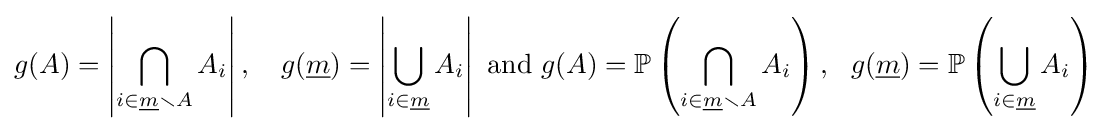
g(A)=\left|\bigcap _{i\in {\underline {m}}\smallsetminus A}A_{i}\right|,\quad g({\underline {m}})=\left|\bigcup _{i\in {\underline {m}}}A_{i}\right|{\text{ and }}g(A)=\mathbb {P} \left(\bigcap _{i\in {\underline {m}}\smallsetminus A}A_{i}\right),~~g({\underline {m}})=\mathbb {P} \left(\bigcup _{i\in {\underline {m}}}A_{i}\right)